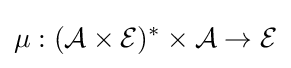
\mu :({\mathcal {A}}\times {\mathcal {E}})^{*}\times {\mathcal {A}}\rightarrow {\mathcal {E}}